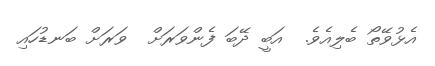
އެޅުވޭތޯ ބެލިއެވެ.  އަބީ ދޭބަ ފެންވަރަށް  ވަރަށް ބަނޑުހައި